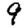
Digit: 9